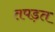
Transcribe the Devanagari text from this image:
तपड़त